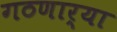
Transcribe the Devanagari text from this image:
गठणार्‍या